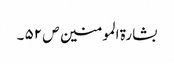
بشارۃ المومنین ص ۵۲ ۔